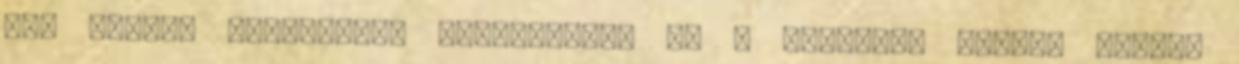
egy kicsit gyorsabban elkészüljön az a bizonyos fekete arany.